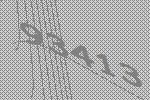
93413